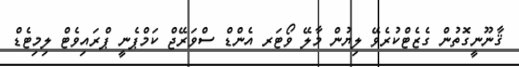
ޤާނޫނީގޮތުން ގެޒެޓްކުރެވޭ ލިޔުން މާލޭ ވޯޓަރ އެންޑް ސްވަރޭޖް ކަމްޕެނީ ޕްރައިވެޓް ލިމިޓެޑް